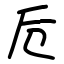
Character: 卮